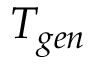
T _ { g e n }